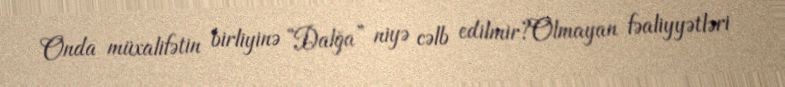
Onda müxalifətin birliyinə “Dalğa” niyə cəlb edilmir?Olmayan fəaliyyətləri